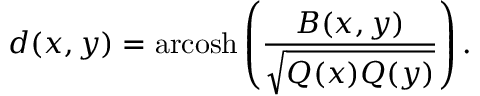
d ( x , y ) = \operatorname { a r c o s h } \left( { \frac { B ( x , y ) } { \sqrt { Q ( x ) Q ( y ) } } } \right) .